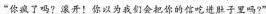
“你疯了吗?滚开！你以为我们会把你的信吃进胜于里吗?”